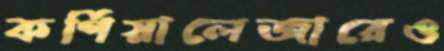
কর্ণিয়ালেজারেও